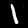
Label: 1